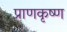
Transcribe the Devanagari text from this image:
प्राणकृष्ण